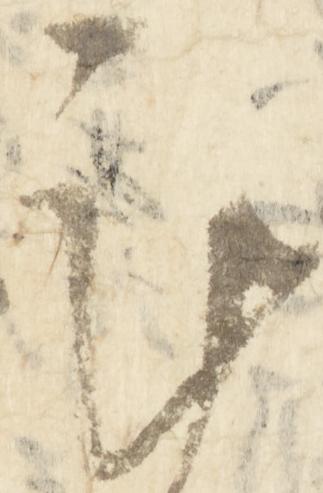
謹